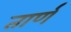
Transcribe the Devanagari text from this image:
तार्णं